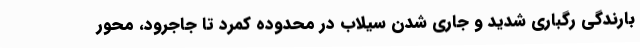
بارندگی رگباری شدید و جاری شدن سیلاب در محدوده کمرد تا جاجرود، محور